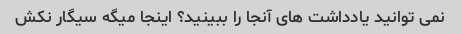
نمی توانید یادداشت های آنجا را ببینید؟ اینجا میگه سیگار نکش